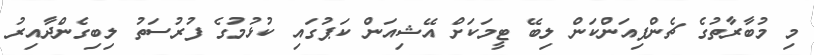
މި މުބާރާތުގެ ޗެންޕިއަންކަން ލިބޭ ޓީމަކަށް އޭޝިއަން ކަޕުގައި ކުޅުމުގެ ފުރުސަތު ލިބިގެންދާއިރު